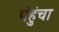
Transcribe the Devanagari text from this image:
पंहुंचा